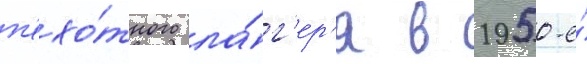
п'ехо́тного ла́г'ер'я в 1950-е́